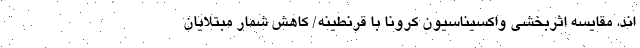
اند. مقایسه اثربخشی واکسیناسیون کرونا با قرنطینه/ کاهش شمار مبتلایان